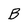
Character: B